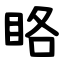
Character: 䀩